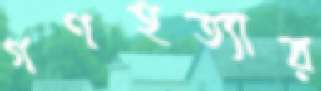
গণহত্যার